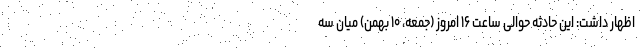
اظهار داشت: این حادثه حوالی ساعت ۱۶ امروز (جمعه، ۱۰ بهمن) میان سه